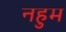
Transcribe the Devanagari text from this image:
नहुम